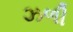
ઝળી